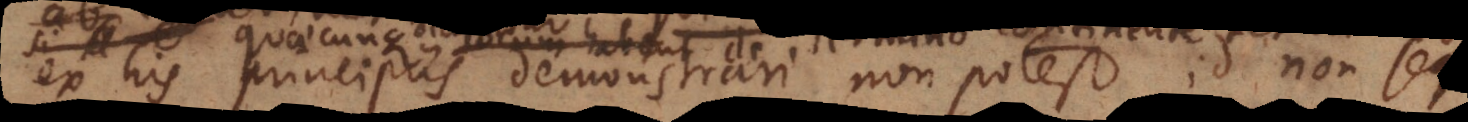
ex his principiis demonstrari non potest, id non se